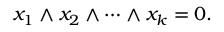
x _ { 1 } \wedge x _ { 2 } \wedge \cdots \wedge x _ { k } = 0 .